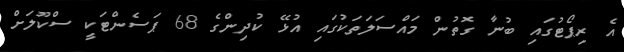
އެ ރިޕޯޓުގައި ބުނާ ގޮތުން މައްސަލަތަކުގައި އުޅޭ ކުދިންގެ 68 ޕަސެންޓަކީ ސްކޫލަށް